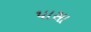
પાસા